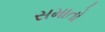
સમાતો